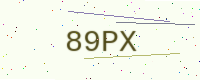
Text: 89PX